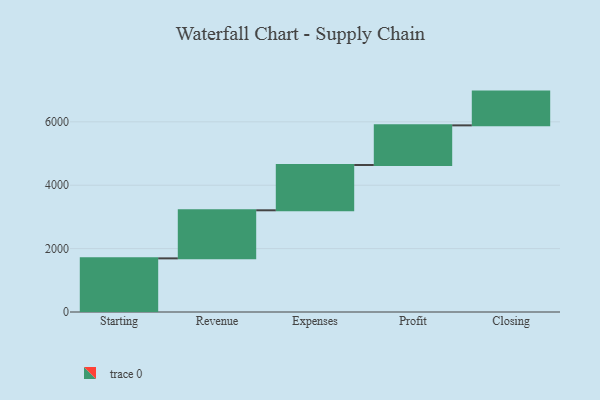
{"axis": {"x": "Step", "y": "Value"}, "legend": [""], "data": [{"x": "Starting", "y": 1692.0, "type": ""}, {"x": "Revenue", "y": 1517.0, "type": ""}, {"x": "Expenses", "y": 1429.0, "type": ""}, {"x": "Profit", "y": 1251.0, "type": ""}, {"x": "Closing", "y": 1065.0, "type": ""}]}